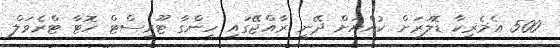
500 އެމެރިކާ ޑޮލަރަށް ކުއްޔަށް ދޭނީ ރާއްޖޭގައި ހިންގާ ޓޫރިސްޓް ހޮޓާ ޓްރެވަލް